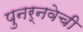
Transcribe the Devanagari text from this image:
पुनर्नवेची